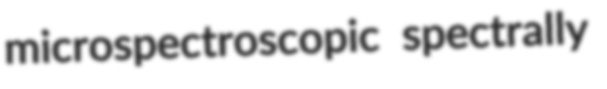
microspectroscopic spectrally